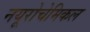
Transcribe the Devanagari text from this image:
नयूरोचेमिकल